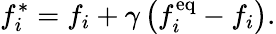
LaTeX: f_{i}^{*}=f_{i}+\gamma\left(f_{i}^{\mathrm{eq}}-f_{i}\right).